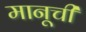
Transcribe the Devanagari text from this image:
मानूची